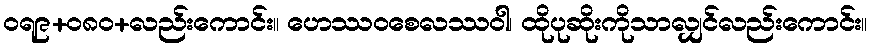
ဝရ၉+၀၈ဝ+လည်းကောင်း။ ဟေဿဝစေလဿဝါ၊ ထိုပုဆိုးကိုသာလျှင်လည်းကောင်း။